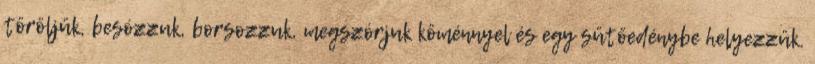
töröljük, besózzuk, borsozzuk, megszórjuk köménnyel és egy sütőedénybe helyezzük.